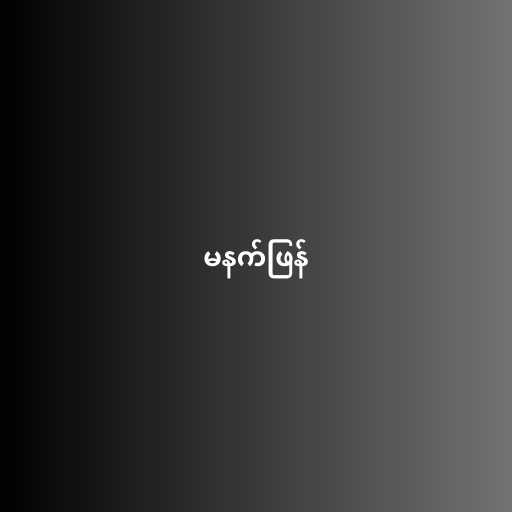
မနက်ဖြန်